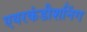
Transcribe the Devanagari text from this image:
एयरकंडीशनिंग